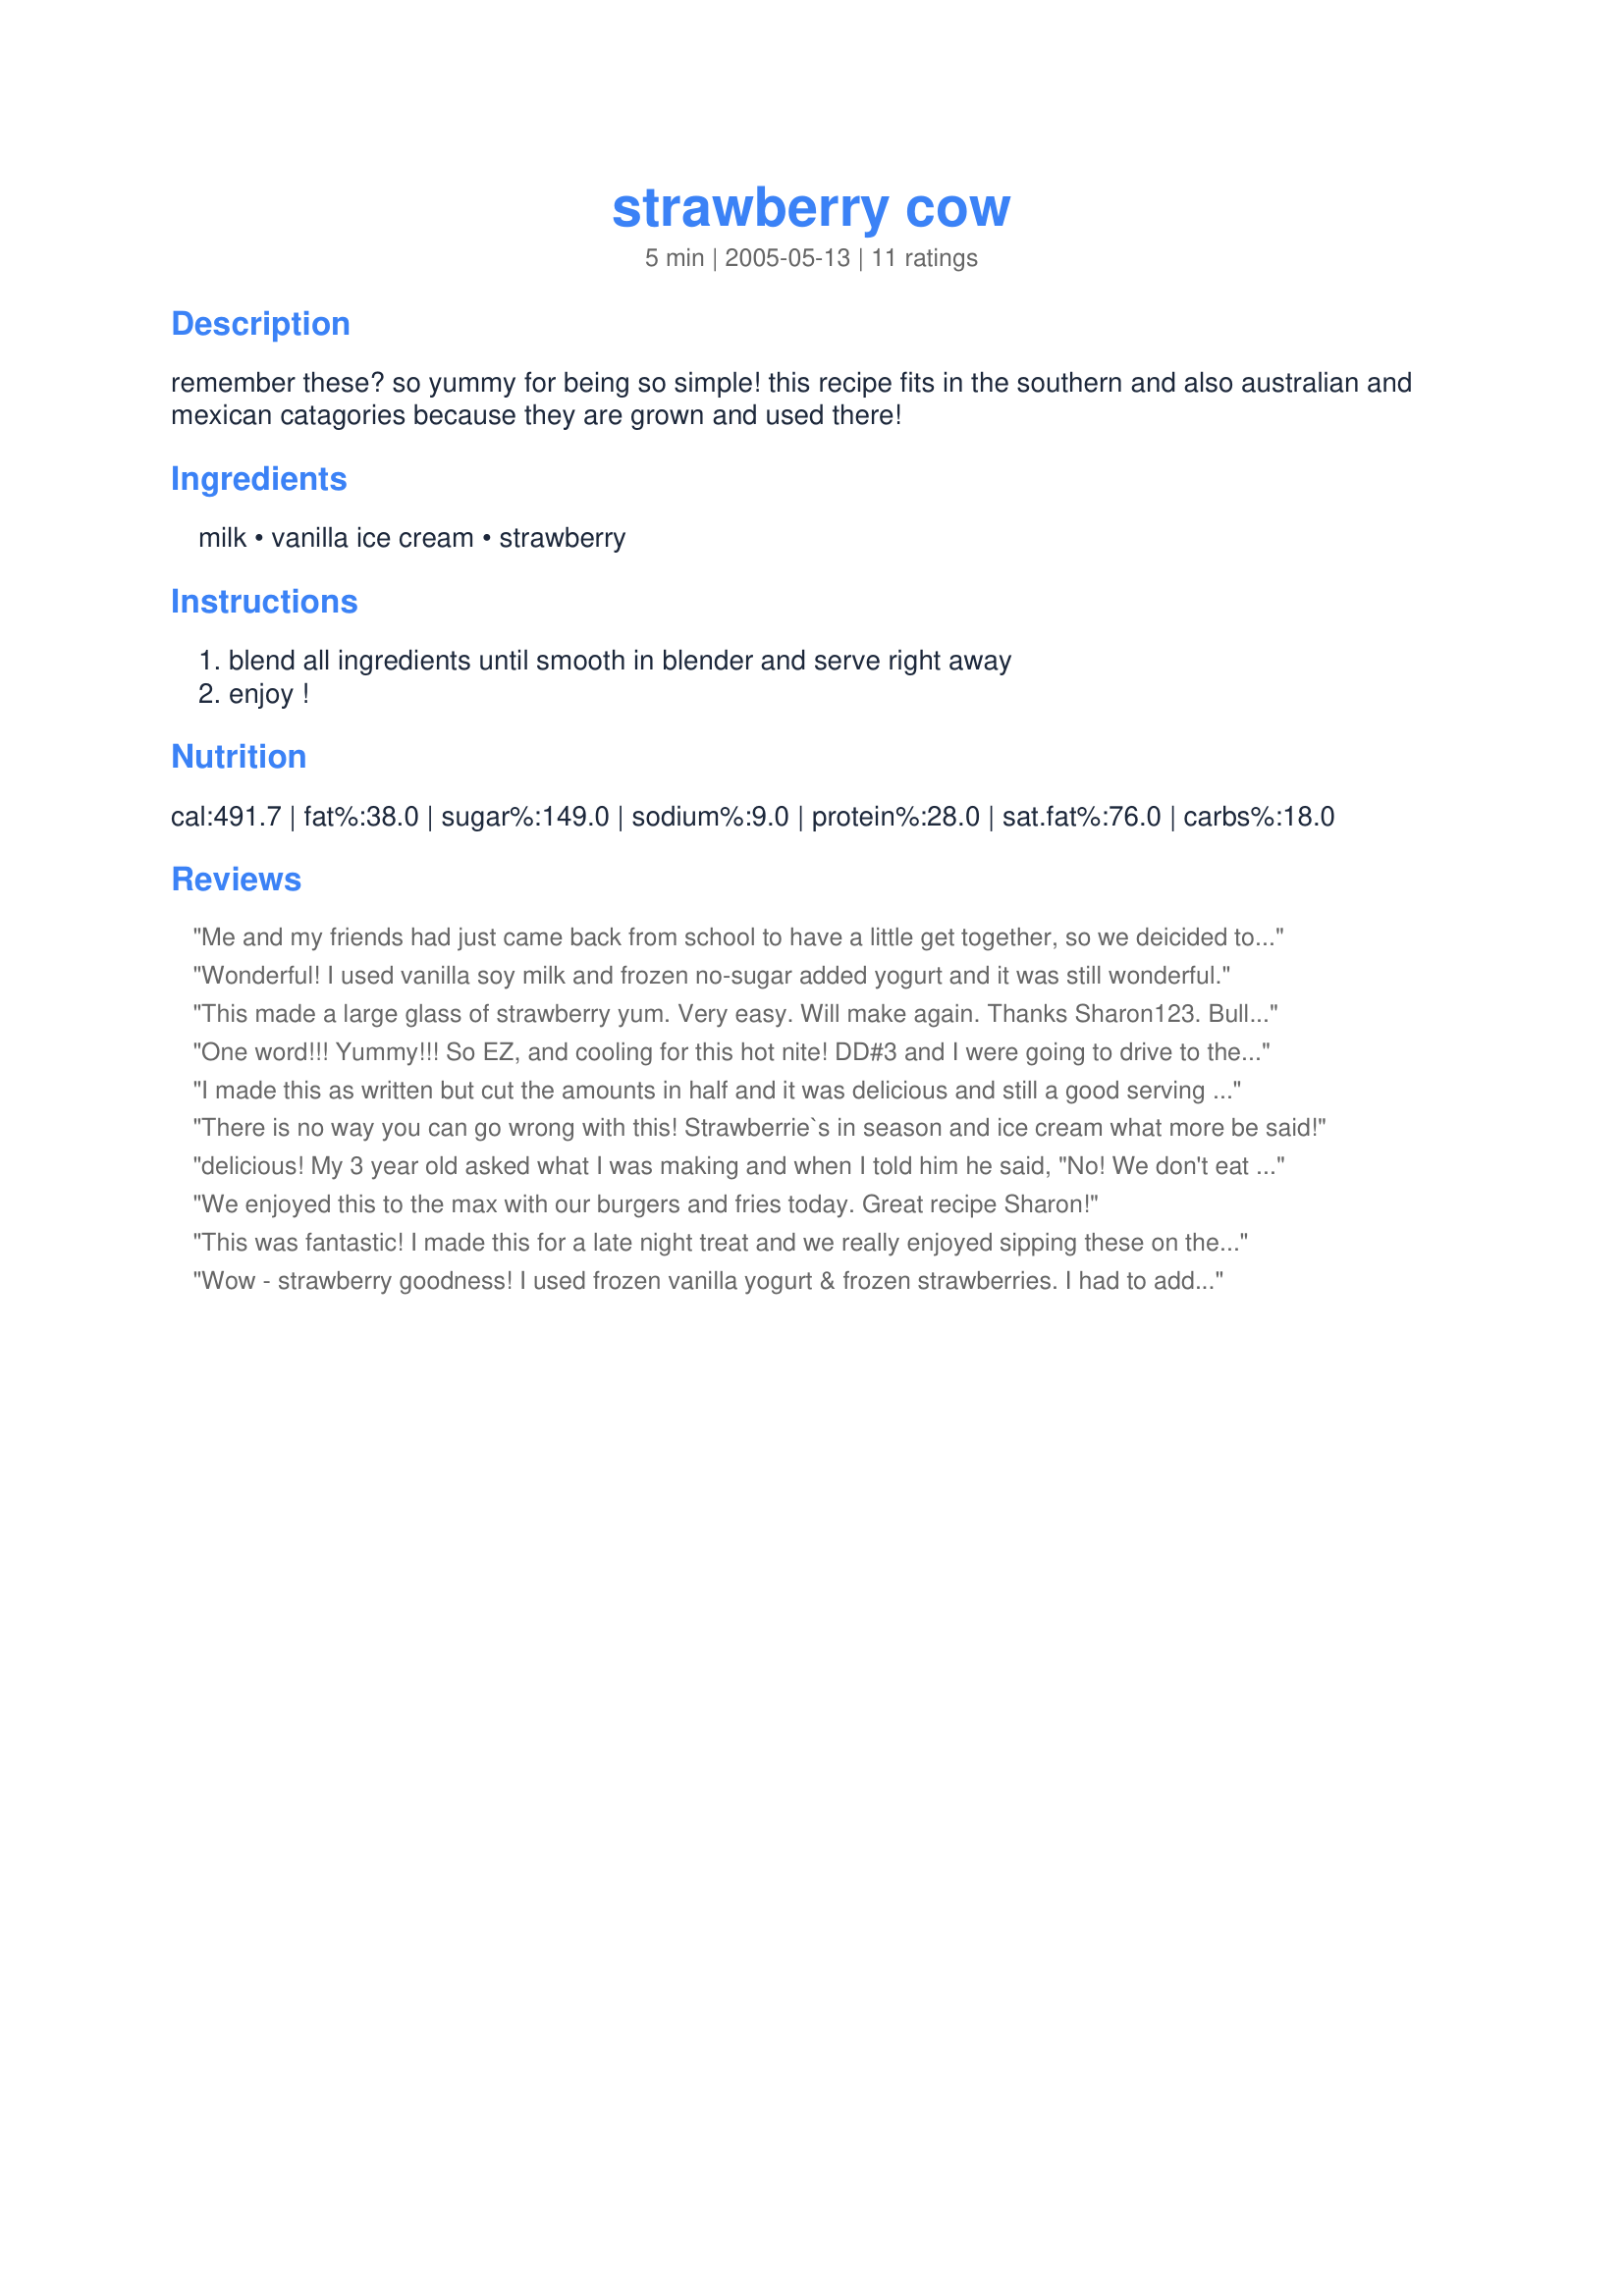
strawberry cow
Preparation time: 5 minutes

remember these? so yummy for being so simple! this recipe fits in the southern and also australian and mexican catagories because they are grown and used there!

Ingredients:
milk, vanilla ice cream, strawberry

Steps:
blend all ingredients until smooth in blender and serve right away, enjoy !

Reviews:
Me and my friends had just came back from school to have a little get together, so we deicided to make a drink. I seen this on the web when i was scanning for smoothies so i tried it and me and my friends loved it thanks!
Wonderful! I used vanilla soy milk and frozen no-sugar added yogurt and it was still wonderful.
This made a large glass of strawberry yum. Very easy. Will make again. 

Thanks Sharon123. 
Bullwinkle.
One word!!! Yummy!!! So EZ, and cooling for this hot nite! DD#3 and I were going to drive to the ice cream parlor but decided to make these instead. We added whipped cream and some mini chocolate chips and stayed home! Thanks Sharon!
I made this as written but cut the amounts in half and it was delicious and still a good serving size for one. This is an awesome strawberry shake. Made for Think Pink Topic and 123 tag. Thanks for sharing Sharon.
There is no way you can go wrong with this! Strawberrie`s in season and ice cream what more be said!
delicious! My 3 year old asked what I was making and when I told him he said, "No! We don't eat cows!!!" But after seeing it he became cow eater! Thanks Sharon!
We enjoyed this to the max with our burgers and fries today. Great recipe Sharon!
This was fantastic! I made this for a late night treat and we really enjoyed sipping these on the deck on a warm summer night! My Strawberries were at their peak and very sweet. This was a very refreshing treat. I will make this often! Thanks for sharing a great recipe! :)
Wow - strawberry goodness! I used frozen vanilla yogurt & frozen strawberries. I had to add more milk to make this a bit more liquid with all that frozen stuff - very tasty! My daughter & her three sleepover friends loved it.
MMmmmmm! Delicious! I made this as a treat for my kids and they loved it! Thanks for posting this great summertime treat.
